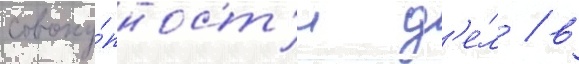
совоку́пност'и д'е́л / в